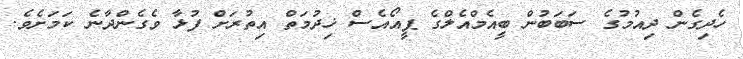
ހެދިގެން ދިއުމުގެ ސަބަބުން ބީއެމްއެލްގެ ޕީއޯއެސް ޚިދުމަތް އިތުރަށް ފުޅާ ވެގެންދާނެ ކަމަށެވެ.